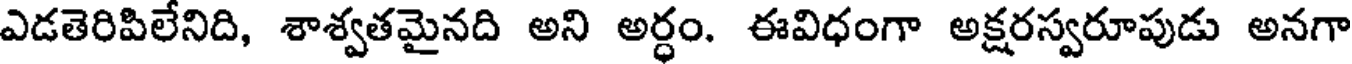
ఎడతెరిపిలేనిది, శాశ్వతమైనది అని అర్ధం. ఈవిధంగా అక్షరస్వరూపుడు అనగా